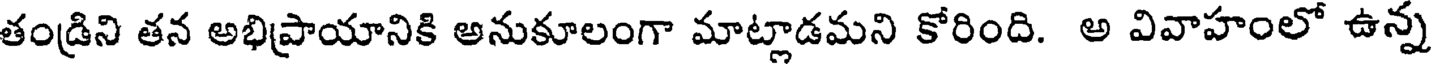
తండ్రిని తన అభిప్రాయానికి అనుకూలంగా మాట్లాడమని కోరింది. అ వివాహంలో ఉన్న